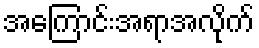
အကြောင်းအရာအလိုက်